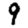
Digit: 9